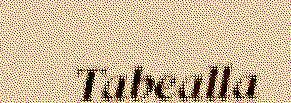
Tabealla